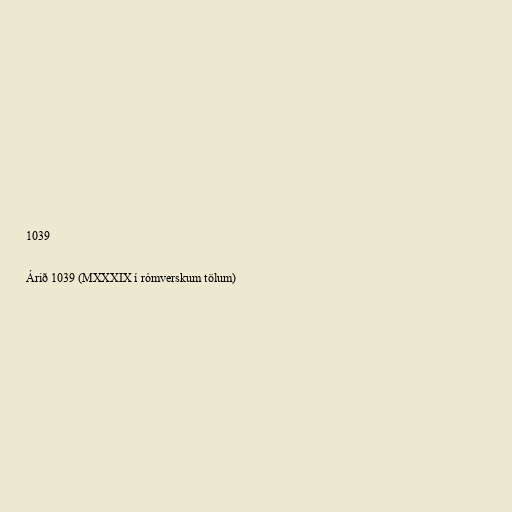
1039

Árið 1039 (MXXXIX í rómverskum tölum)